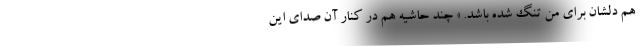
هم دلشان برای من تنگ شده باشد. » چند حاشیه هم در کنار آن صدای این